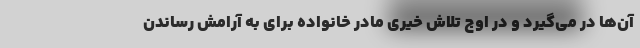
آن‌ها در می‌گیرد و در اوج تلاش خیری مادر خانواده برای به آرامش رساندن